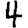
Digit: 4